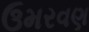
ઉમરવણ